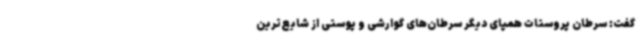
گفت: سرطان پروستات همپای دیگر سرطان‌های گوارشی و پوستی از شایع‌ترین